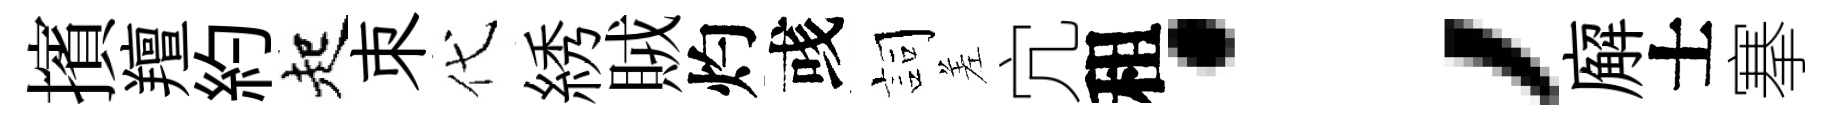
擯羶約起朿代綉賊灼彧詞差宂租；廨士搴